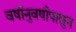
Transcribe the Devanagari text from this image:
वर्षानुवर्षापासुन